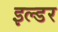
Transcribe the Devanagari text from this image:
इल्डर